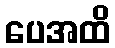
ပေအထိ